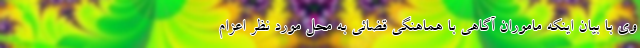
وی با بیان اینکه ماموران آگاهی با هماهنگی قضائی به محل مورد نظر اعزام